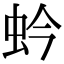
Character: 蚙